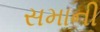
સમાની